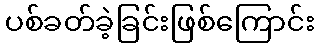
ပစ်ခတ်ခဲ့ခြင်းဖြစ်ကြောင်း